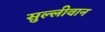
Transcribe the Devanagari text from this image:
सुल्लीवान